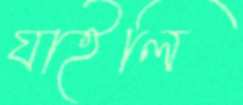
যাইলি